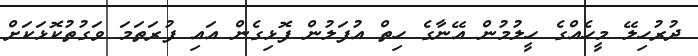
ދުރުހިލޭ މީހެއްގެ ހީލުމުން އޭނާގެ ހިތް އުފަލުން ފޮޅިގެން އައި ފުރަތަމަ ވަގުތުކޮޅަކަށް